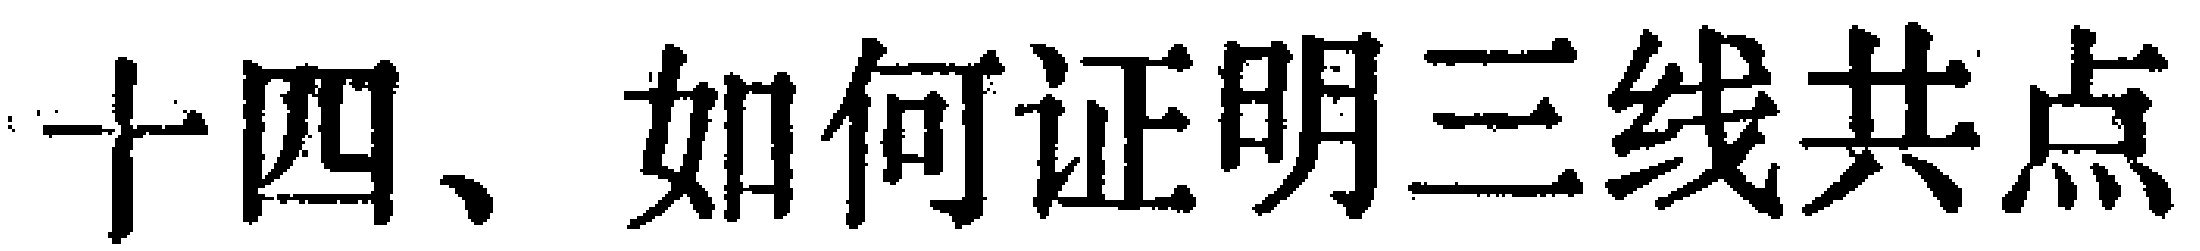
十四、如何证明三线共点